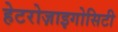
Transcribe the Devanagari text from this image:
हेटरोज़ाइगोसिटी